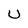
Character: U